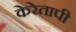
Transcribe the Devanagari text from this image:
केरेतापी